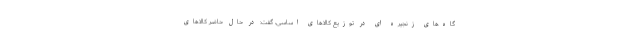
گاه‌های زنجیره ای در توزیع کالاهای اساسی، گفت: در حال حاضر کالاهای